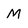
Character: M